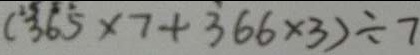
( 3 6 5 \times 7 + 3 6 6 \times 3 ) \div 7